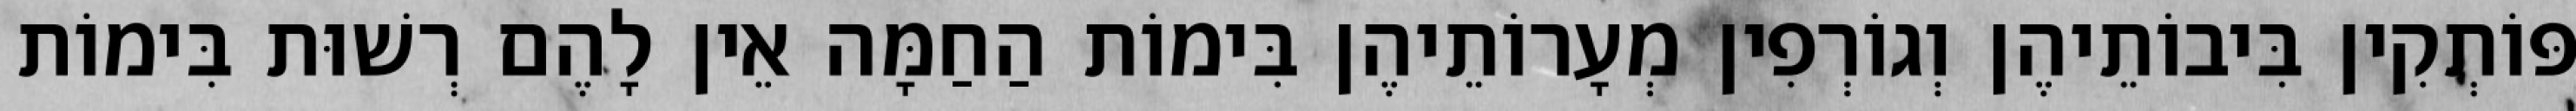
פּוֹתְקִין בִּיבוֹתֵיהֶן וְגוֹרְפִין מְעָרוֹתֵיהֶן בִּימוֹת הַחַמָּה אֵין לָהֶם רְשׁוּת בִּימוֹת